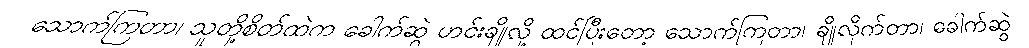
သောက်ကြတာ၊ သူတို့စိတ်ထဲက ခေါက်ဆွဲ ဟင်းချိုလို့ ထင်ပြီးတော့ သောက်ကြတာ၊ ချိုလိုက်တာ၊ ခေါက်ဆွဲ